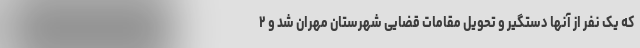
که یک نفر از آنها دستگیر و تحویل مقامات قضایی شهرستان مهران شد و ۲